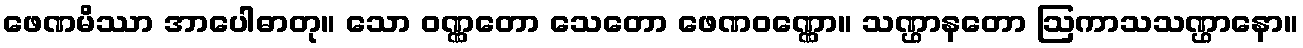
ဖေဏမိဿာ အာပေါဓာတု။ သော ဝဏ္ဏတော သေတော ဖေဏဝဏ္ဏော။ သဏ္ဌာနတော ဩကာသသဏ္ဌာနော။